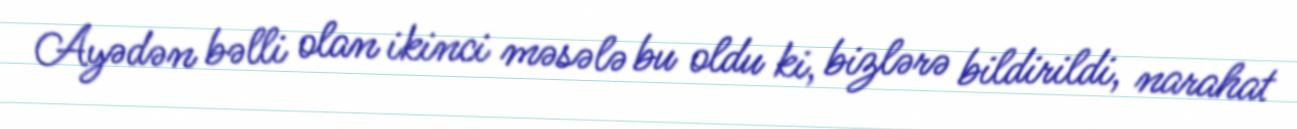
Ayədən bəlli olan ikinci məsələ bu oldu ki, bizlərə bildirildi, narahat